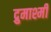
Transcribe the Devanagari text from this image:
द्रुमाश्मी